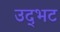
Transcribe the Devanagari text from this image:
उद्‌भट